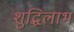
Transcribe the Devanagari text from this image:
शुद्धिलाभ